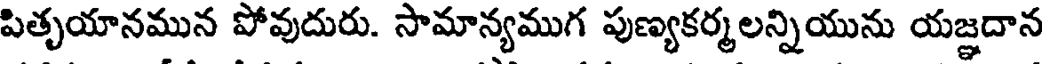
పితృయానమున పోవుదురు. సామాన్యముగ పుణ్యకర్మలన్నియును యజ్ఞదాన